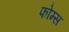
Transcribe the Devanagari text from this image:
फोम्स